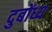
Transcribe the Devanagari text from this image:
दुबोंध्य